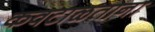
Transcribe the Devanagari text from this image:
कवटाळताना